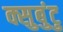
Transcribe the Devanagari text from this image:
क्सुबुंटु